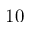
1 0